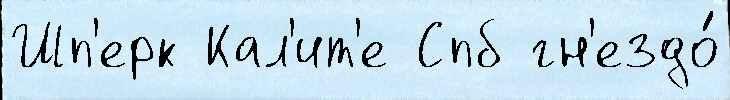
Шп'ерк Кал'ит'е Спб гн'ездо́